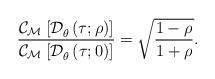
LaTeX: \begin{align*}\frac{\mathcal{C}_{\mathcal{M}^{}}\left[ \mathcal{D}_{\theta}^{}\left( \tau;\rho\right) \right] }{\mathcal{C}_{\mathcal{M}^{}}\left[ \mathcal{D}_{\theta}^{}\left( \tau;0\right) \right] }=\sqrt{\frac{1-\rho}{1+\rho}}. \end{align*}